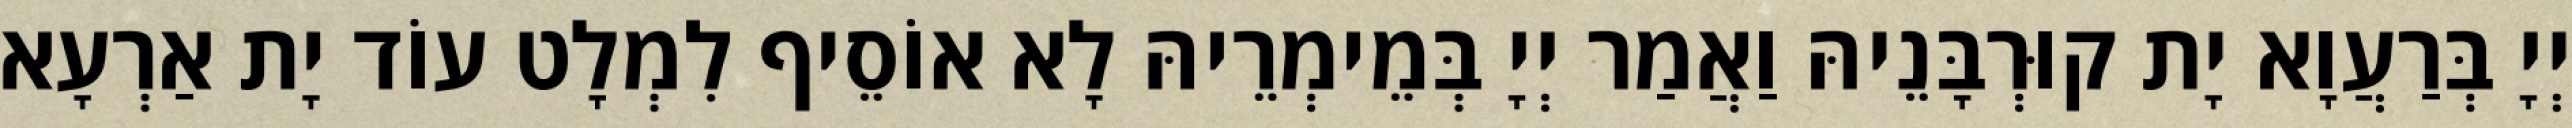
יְיָ בְּרַעֲוָא יָת קוּרְבָּנֵיהּ וַאֲמַר יְיָ בְּמֵימְרֵיהּ לָא אוֹסֵיף לִמְלָט עוֹד יָת אַרְעָא